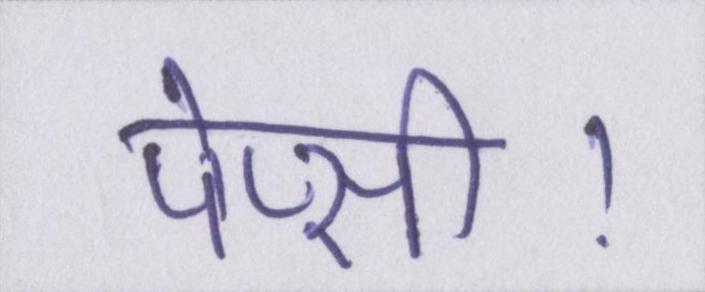
पेप्सी।